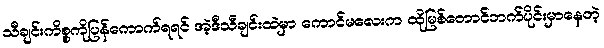
သီချင်းကိစ္စကိုပြန်ကောက်ရရင် အဲ့ဒီသီချင်းထဲမှာ ကောင်မလေးက ထိုမြစ်တောင်ဘက်ပိုင်းမှာနေတဲ့